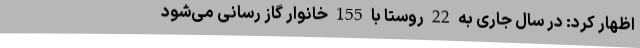
اظهار کرد: در سال جاری به 22 روستا با 155 خانوار گاز رسانی می‌شود